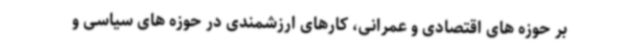
بر حوزه های اقتصادی و عمرانی، کارهای ارزشمندی در حوزه های سیاسی و